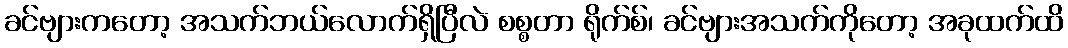
ခင်ဗျားကတော့ အသက်ဘယ်လောက်ရှိပြီလဲ စစ္စတာ ရိုက်စ်၊ ခင်ဗျားအသက်ကိုတော့ အခုထက်ထိ